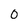
Character: 0